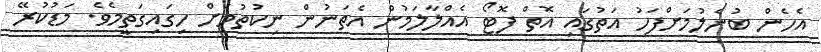
އެހެން ބުނެލުމަށްފަހު އަތުގައި އޮތް ފޮޓޯ އެއްލާލަމުން އެތަނުން ނިކުތުމަށް ހިގައިގަތީމެވެ. މަޑުކުރޭ